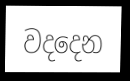
වදදෙන